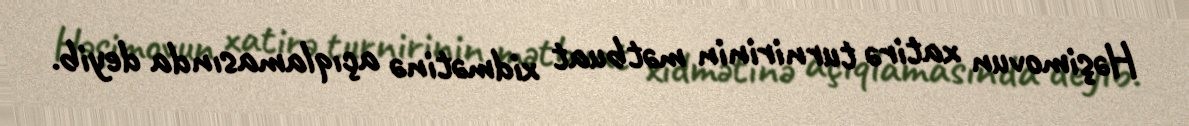
Həşimovun xatirə turnirinin mətbuat xidmətinə açıqlamasında deyib.